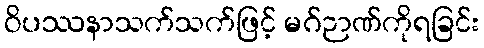
ဝိပဿနာသက်သက်ဖြင့် မဂ်ဉာဏ်ကိုရခြင်း